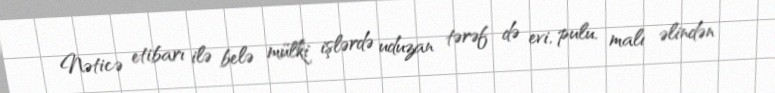
Nəticə etibarı ilə belə mülki işlərdə uduzan tərəf də evi, pulu, malı əlindən